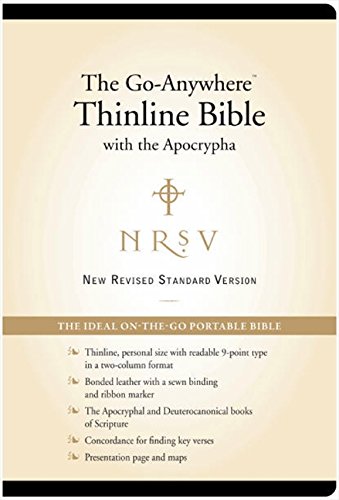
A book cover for NRSV EE The Go-Anywhere Thinline Bible with the Apocrypha [Bonded Leather, Black]; HarperBibles; Christian Books & Bibles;